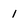
Character: 1